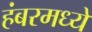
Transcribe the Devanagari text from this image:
हंबरमध्ये